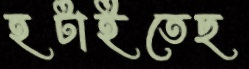
হটাইতেছ